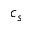
c _ { s }